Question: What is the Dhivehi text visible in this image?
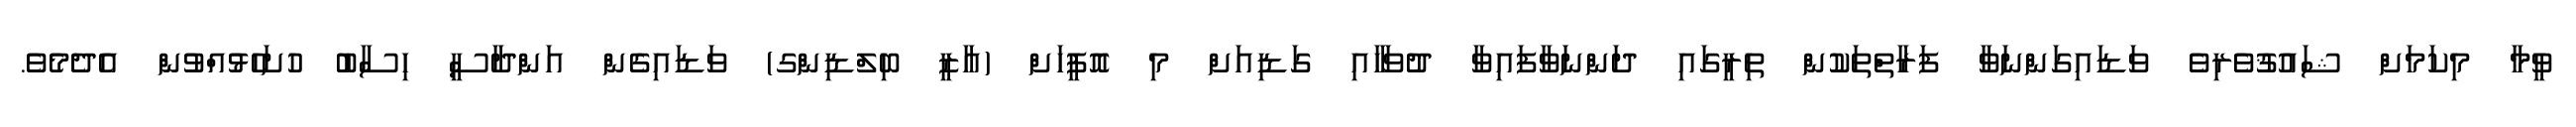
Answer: ވީމާ މިކަމަށް ޝައުޤުވެރިވެ ވަޑައިގަންނަވާ ފަރާތްތަކުން ތިރީގައި ދަންނަވާފައިވާ ދުވަހާއި ގަޑިއަށް މި އޮފީހަށް (ޣާޒީ ބިލްޑިންގ) ވަޑައިގެން އަންދާސީ ހިސާބު ހުށަހެޅުއްވުން އެދެމެވެ.